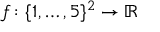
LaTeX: f \colon \{ 1 , \ldots , 5 \} ^ { 2 } \to \mathbb { R }